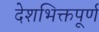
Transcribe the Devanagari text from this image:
देशभिक्तपूर्ण